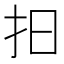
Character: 𢪏